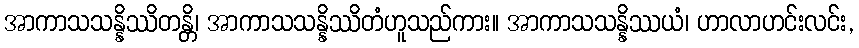
အာကာသသန္နိဿိတန္တိ၊ အာကာသသန္နိဿိတံဟူသည်ကား။ အာကာသသန္နိဿယံ၊ ဟာလာဟင်းလင်း,